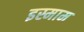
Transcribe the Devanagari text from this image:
इस्माम